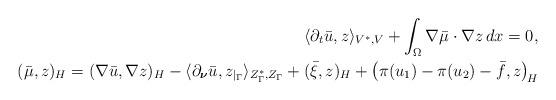
LaTeX: \begin{align*} \langle \partial_t \bar{u} , z \rangle_{V^*,V}+ \int_\Omega \nabla \bar{\mu} \cdot \nabla z \,dx=0,\\(\bar{\mu}, z)_H = (\nabla \bar{u}, \nabla z)_{H}-\langle \partial_{\boldsymbol{\nu}} \bar{u}, z_{|_\Gamma} \rangle_{Z_\Gamma^*,Z_\Gamma} + (\bar{\xi},z)_H + \bigl( \pi (u_1)-\pi(u_2) -\bar{f},z \bigr)_{\!H}\end{align*}